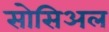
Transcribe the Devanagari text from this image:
सोसिअल